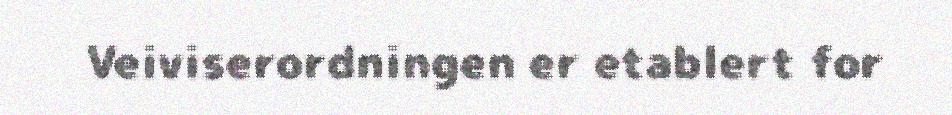
Veiviserordningen er etablert for